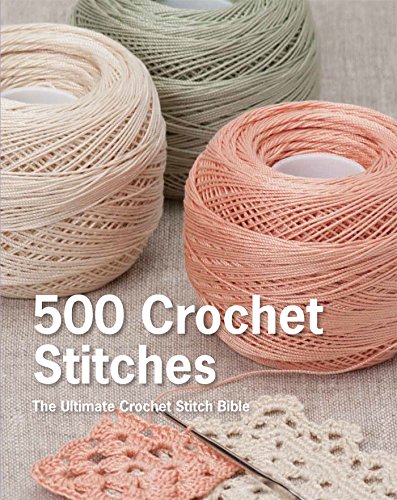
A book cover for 500 Crochet Stitches: The Ultimate Crochet Stitch Bible; Pavilion Books; Crafts, Hobbies & Home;